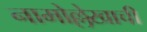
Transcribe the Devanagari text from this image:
नामोल्लेखाची